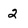
Character: 2